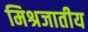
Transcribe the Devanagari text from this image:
मिश्रजातीय